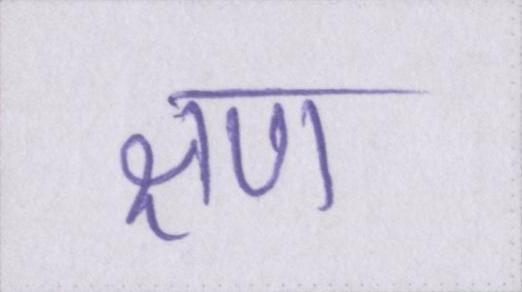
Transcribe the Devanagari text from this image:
क्षण